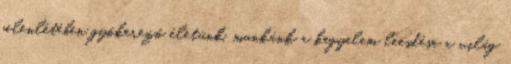
jelenlétében gyökerező életünk, munkánk a kegyelem leesdése a világ